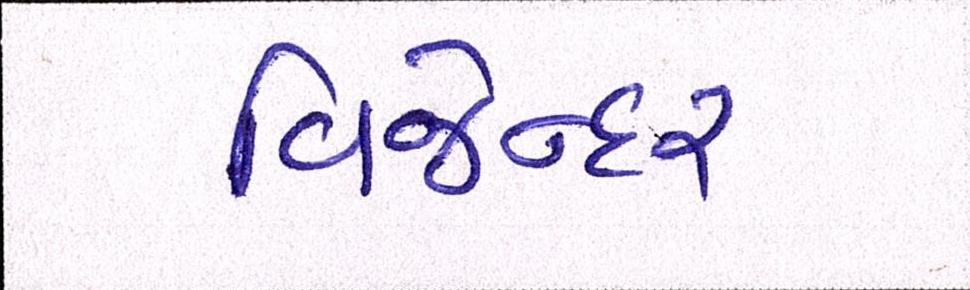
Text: વિજેન્દર